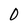
Character: O